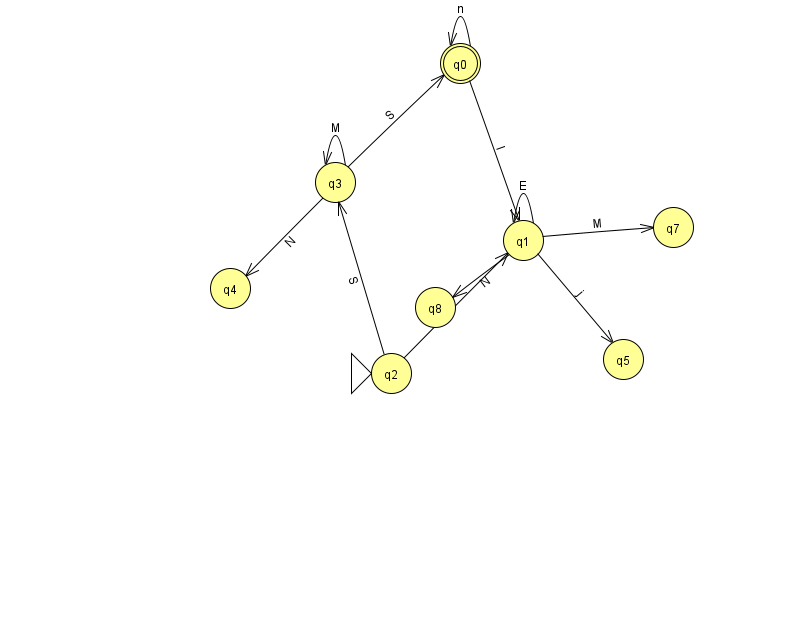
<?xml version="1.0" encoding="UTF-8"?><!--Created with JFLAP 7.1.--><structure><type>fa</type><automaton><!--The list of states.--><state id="0" name="q0"><x>460.0</x><y>50.0</y><final/></state><state id="1" name="q1"><x>523.0</x><y>227.0</y></state><state id="2" name="q2"><x>391.0</x><y>360.0</y><initial/></state><state id="3" name="q3"><x>335.0</x><y>169.0</y></state><state id="4" name="q4"><x>230.0</x><y>275.0</y></state><state id="5" name="q5"><x>623.0</x><y>346.0</y></state><state id="7" name="q7"><x>673.0</x><y>214.0</y></state><state id="8" name="q8"><x>435.0</x><y>294.0</y></state><!--The list of transitions.--><transition><from>1</from><to>7</to><read>M</read></transition><transition><from>1</from><to>8</to><read>N</read></transition><transition><from>0</from><to>1</to><read>l</read></transition><transition><from>1</from><to>1</to><read>E</read></transition><transition><from>3</from><to>0</to><read>S</read></transition><transition><from>2</from><to>1</to><read>P</read></transition><transition><from>2</from><to>3</to><read>S</read></transition><transition><from>1</from><to>5</to><read>j</read></transition><transition><from>3</from><to>4</to><read>N</read></transition><transition><from>3</from><to>3</to><read>M</read></transition><transition><from>0</from><to>0</to><read>n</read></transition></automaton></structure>